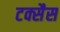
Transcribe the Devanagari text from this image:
टक्सैस